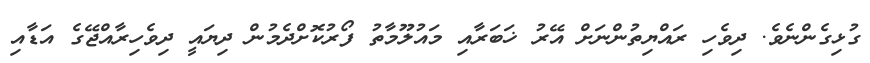
ގުޅިގެންނެވެ. ދިވެހި ރައްޔިތުންނަށް އޭރު ޚަބަރާއި މައުލޫމާތު ފޯރުކޮށްދެމުން ދިޔައީ ދިވެހިރާއްޖޭގެ އަޑާއި